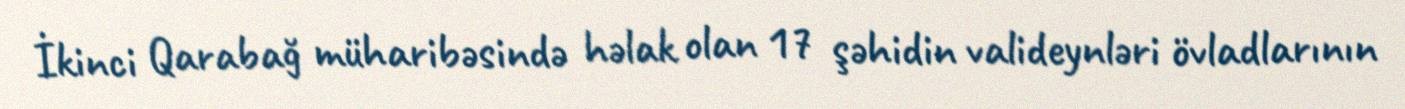
İkinci Qarabağ müharibəsində həlak olan 17 şəhidin valideynləri övladlarının